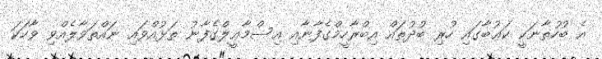
އެ ބުހުތާނަކީ ކަޢުބާގައި ހުރި ބުދުތައް އިބްރާހީމްގެފާނާއި އިސްމާޢީލްގެފާނު ތަޅުއްވައި ނައްތަވާލެއްވި ވާހަކަ